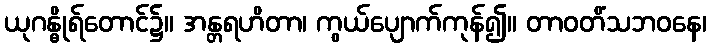
ယုဂန္ဓိုရ်တောင်၌။ အန္တရဟိတာ၊ ကွယ်ပျောက်ကုန်၍။ တာဝတိံသဘဝနေ၊